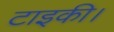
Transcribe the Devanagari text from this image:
टाइकी।